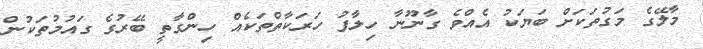
މާލޭގެ މަގުތަކަށް ބަޔަކު އެއްވެ ގާނޫނާ ހިލާފު ހަރަކާތްތަކެއް ހިންގާތީ ބޭރުގެ ގައުމުތަކުން